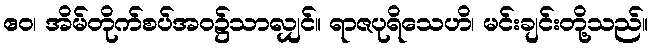
ဧဝ၊ အိမ်တိုက်စပ်အဝ၌သာလျှင်။ ရာဇပုရိသေဟိ၊ မင်းချင်းတို့သည်။